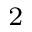
\mathrm { _ 2 }